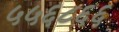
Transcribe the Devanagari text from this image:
५५६८६६